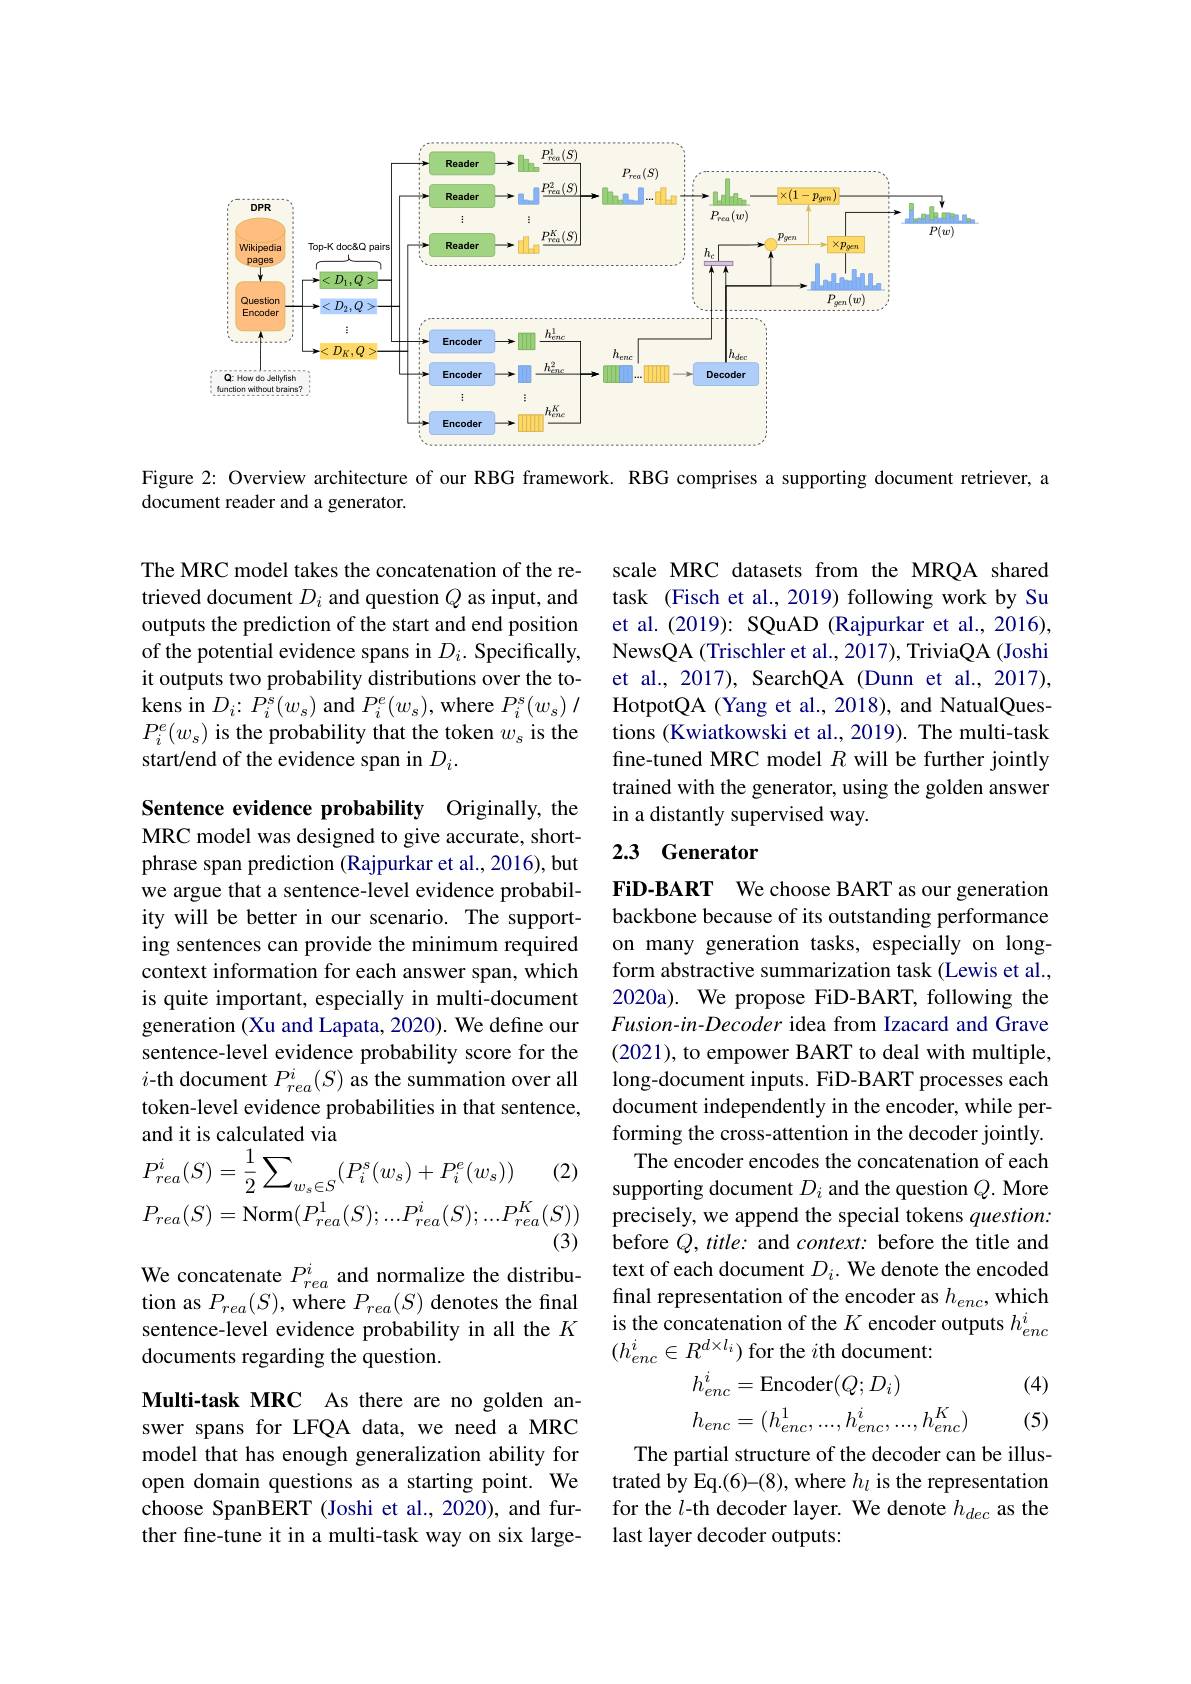
<FigureHere>

Figure 2: Overview architecture of our RBG framework. RBG comprises a supporting document retriever, a
document reader and a generator.

The MRC model takes the concatenation of the retrieved document $D_i$ and question $Q$ as input, and outputs the prediction of the start and end position of the potential evidence spans in $D_i.$ Specifically, it outputs two probability distributions over the tokens in $D_{i}\colon P_{i}^{s}(w_{s})$ and $P_{i}^{e}(w_{s})$,where $P_{i}^{s}(w_{s})/$ $P_i^e(w_s)$ is the probability that the token $w_s$ is the start/end of the evidence span in $D_i.$

scale MRC datasets from the MRQA shared task (Fisch et al., 2019) following work by Su et al.(2019): SQuAD (Rajpurkar et al., 2016), NewsQA (Trischler et al., 2017), TriviaQA (Joshi et al., 2017), SearchQA (Dunn et al., 2017), HotpotQA (Yang et al., 2018), and NatualQuestions (Kwiatkowski et al., 2019). The multi-task fine-tuned MRC model $R$ will be further jointly trained with the generator, using the golden answer in a distantly supervised way.

## 2.3 Generator

Sentence evidence probability Originally, the MRC model was designed to give accurate, shortphrase span prediction (Rajpurkar et al., 2016), but we argue that a sentence-level evidence probability will be better in our scenario. The supporting sentences can provide the minimum required context information for each answer span, which is quite important, especially in multi-document generation (Xu and Lapata, 2020). We define our sentence-level evidence probability score for the $i$-th document $P_rea^i(S)$ as the summation over all token-level evidence probabilities in that sentence,
$$\begin{aligned}&\text{and it is calculatcu via}\\&P_{rea}^{i}(S)=\frac{1}{2}\sum_{w_{s}\in S}(P_{i}^{s}(w_{s})+P_{i}^{e}(w_{s}))\\&P_{rea}(S)=\mathrm{Norm}(P_{rea}^{1}(S);...P_{rea}^{i}(S);...P_{rea}^{K}\end{aligned}$$
FiD-BART We choose BART as our generation backbone because of its outstanding performance on many generation tasks, especially on longform abstractive summarization task (Lewis et al., 2020a). We propose FiD-BART, following the Fusion-in-Decoder idea from Izacard and Grave (2021), to empower BART to deal with multiple, long-document inputs. FiD-BART processes each document independently in the encoder, while performing the cross-attention in the decoder jointly.
The encoder encodes the concatenation of each supporting document $D_i$ and the question $Q.$ More precisely, we append the special tokens question: before $Q,title:$ and context: before the title and text of each document $D_i.$ We denote the encoded final representation of the encoder as $h_{enc}$, which is the concatenation of the $K$ encoder outputs $h_enc^i$ $(h_{enc}^i\in R^{d\times l_i})$ for the $i$th document
$$\begin{aligned}&h_{enc}^{i}=\mathrm{Encoder}(Q;D_{i})\\&h_{enc}=(h_{enc}^{1},...,h_{enc}^{i},...,h_{enc}^{K})\end{aligned}$$
(2)

$(S))$ (3)

We concatenate $P_{rea}^i$ and normalize the distribution as $P_rea(S)$, where $P_rea(S)$ denotes the final sentence-level evidence probability in all the $K$ documents regarding the question.

(4)

(5)

Multi-task MRC As there are no golden answer spans for LFQA data, we need a MRC model that has enough generalization ability for open domain questions as a starting point. We choose SpanBERT (Joshi et al., 2020), and further fine-tune it in a multi-task way on six large-

The partial structure of the decoder can be illustrated by Eq.(6)-(8), where $h_l$ is the representation for the $l$-th decoder layer. We denote $h_dec$ as the last layer decoder outputs: